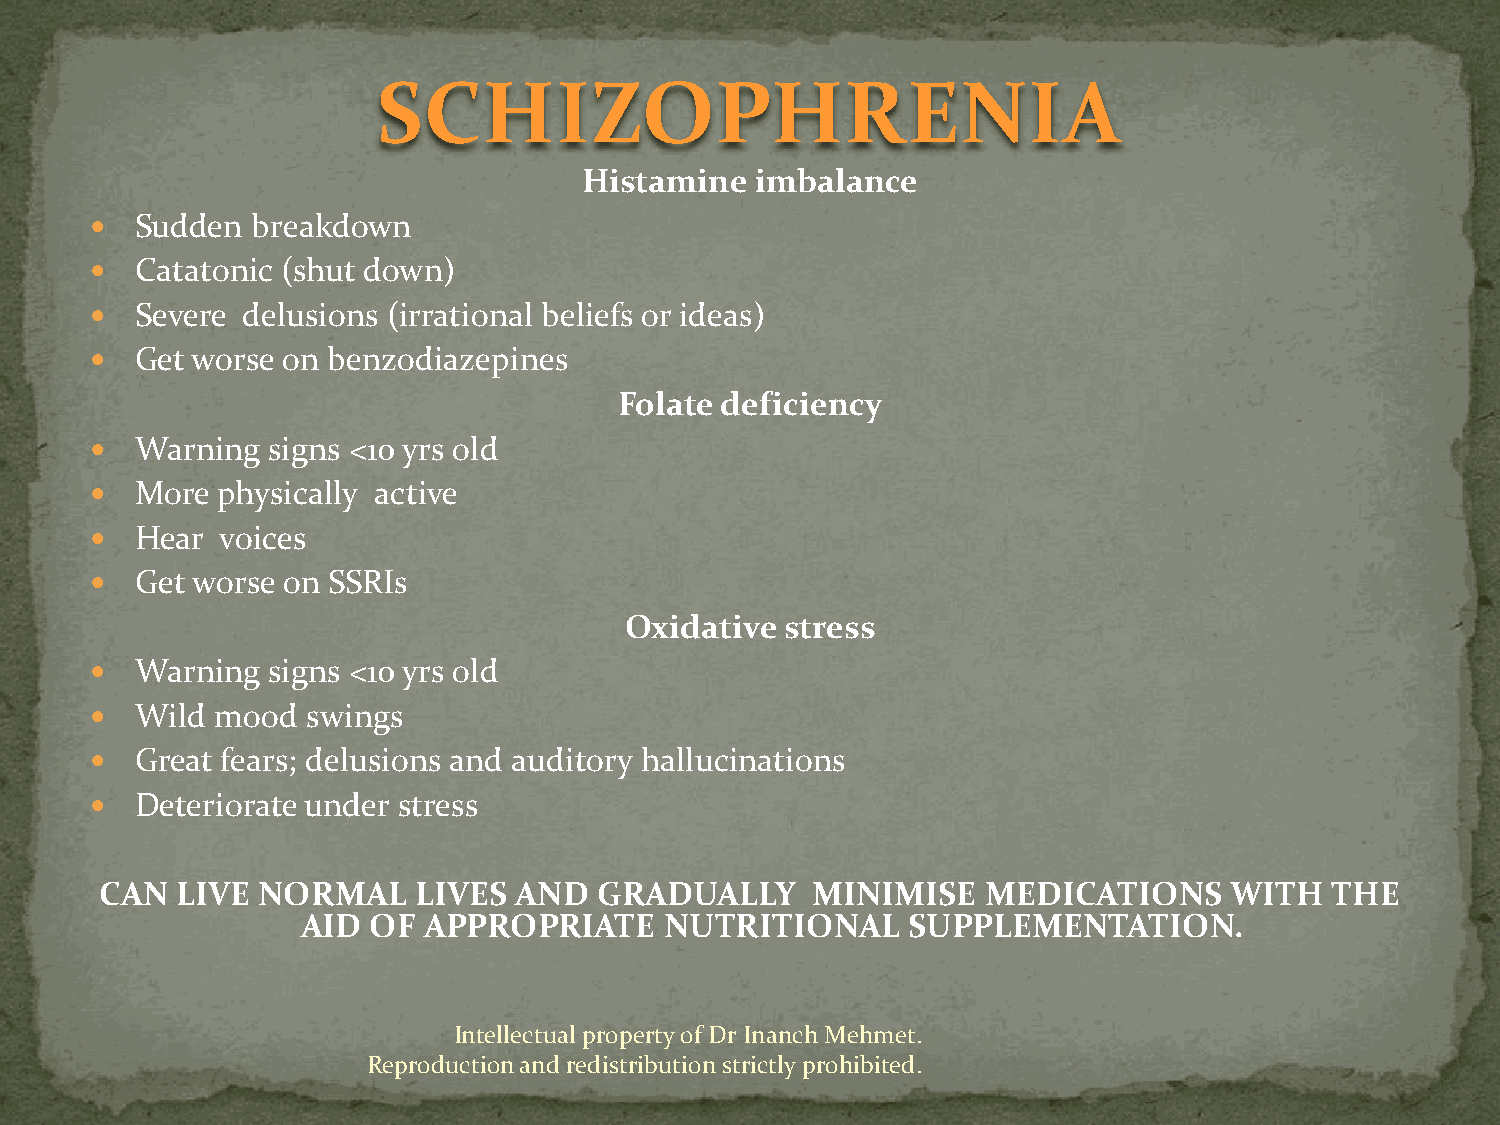
SCHIZOPHRENIA
 Histamine  imbalance
   Sudden  breakdown
   Catatonic (shut down)
   Severe delusions (irrational beliefs or ideas)
   Get worse on benzodiazepines
 Folate deficiency
   Warning  signs <10 yrs old
   More physically active
   Hear  voices
   Get worse on SSRIs
 Oxidative  stress
   Warning  signs <10 yrs old
   Wild mood  swings
   Great fears; delusions and auditory hallucinations
   Deteriorate under stress
 CAN  LIVE NORMAL    LIVES  AND   GRADUALLY     MINIMISE   MEDICATIONS     WITH   THE
 AID  OF APPROPRIATE     NUTRITIONAL     SUPPLEMENTATION.
 Intellectual property of Dr Inanch Mehmet.
 Reproduction and redistribution strictly prohibited.